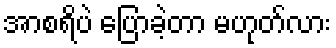
အာစရိပဲ ပြောခဲ့တာ မဟုတ်လား